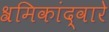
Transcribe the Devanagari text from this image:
श्रमिकांद्वारे